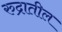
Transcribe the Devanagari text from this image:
रुद्रातील